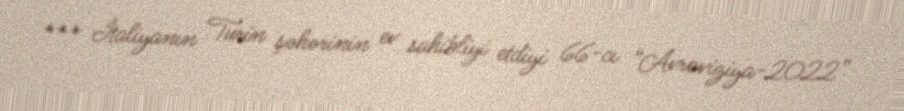
*** İtaliyanın Turin şəhərinin ev sahibliyi etdiyi 66-cı “Avroviziya-2022”